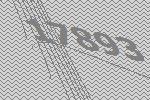
17893